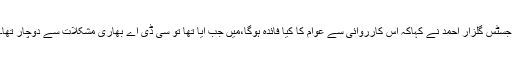
جسٹس گلزار احمد نے کہاکہ اس کارروائی سے عوام کا کیا فائدہ ہوگا،میں جب آیا تھا تو سی ڈی اے بھاری مشکلات سے دوچار تھا۔